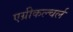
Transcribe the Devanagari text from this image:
एग्रीकल्चर्ल